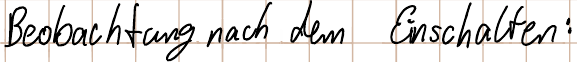
Beobachtung nach dem Einschalten: